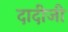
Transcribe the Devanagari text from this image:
दादीजी